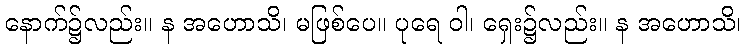
နောက်၌လည်း။ န အဟောသိ၊ မဖြစ်ပေ။ ပုရေ ဝါ၊ ရှေး၌လည်း။ န အဟောသိ၊